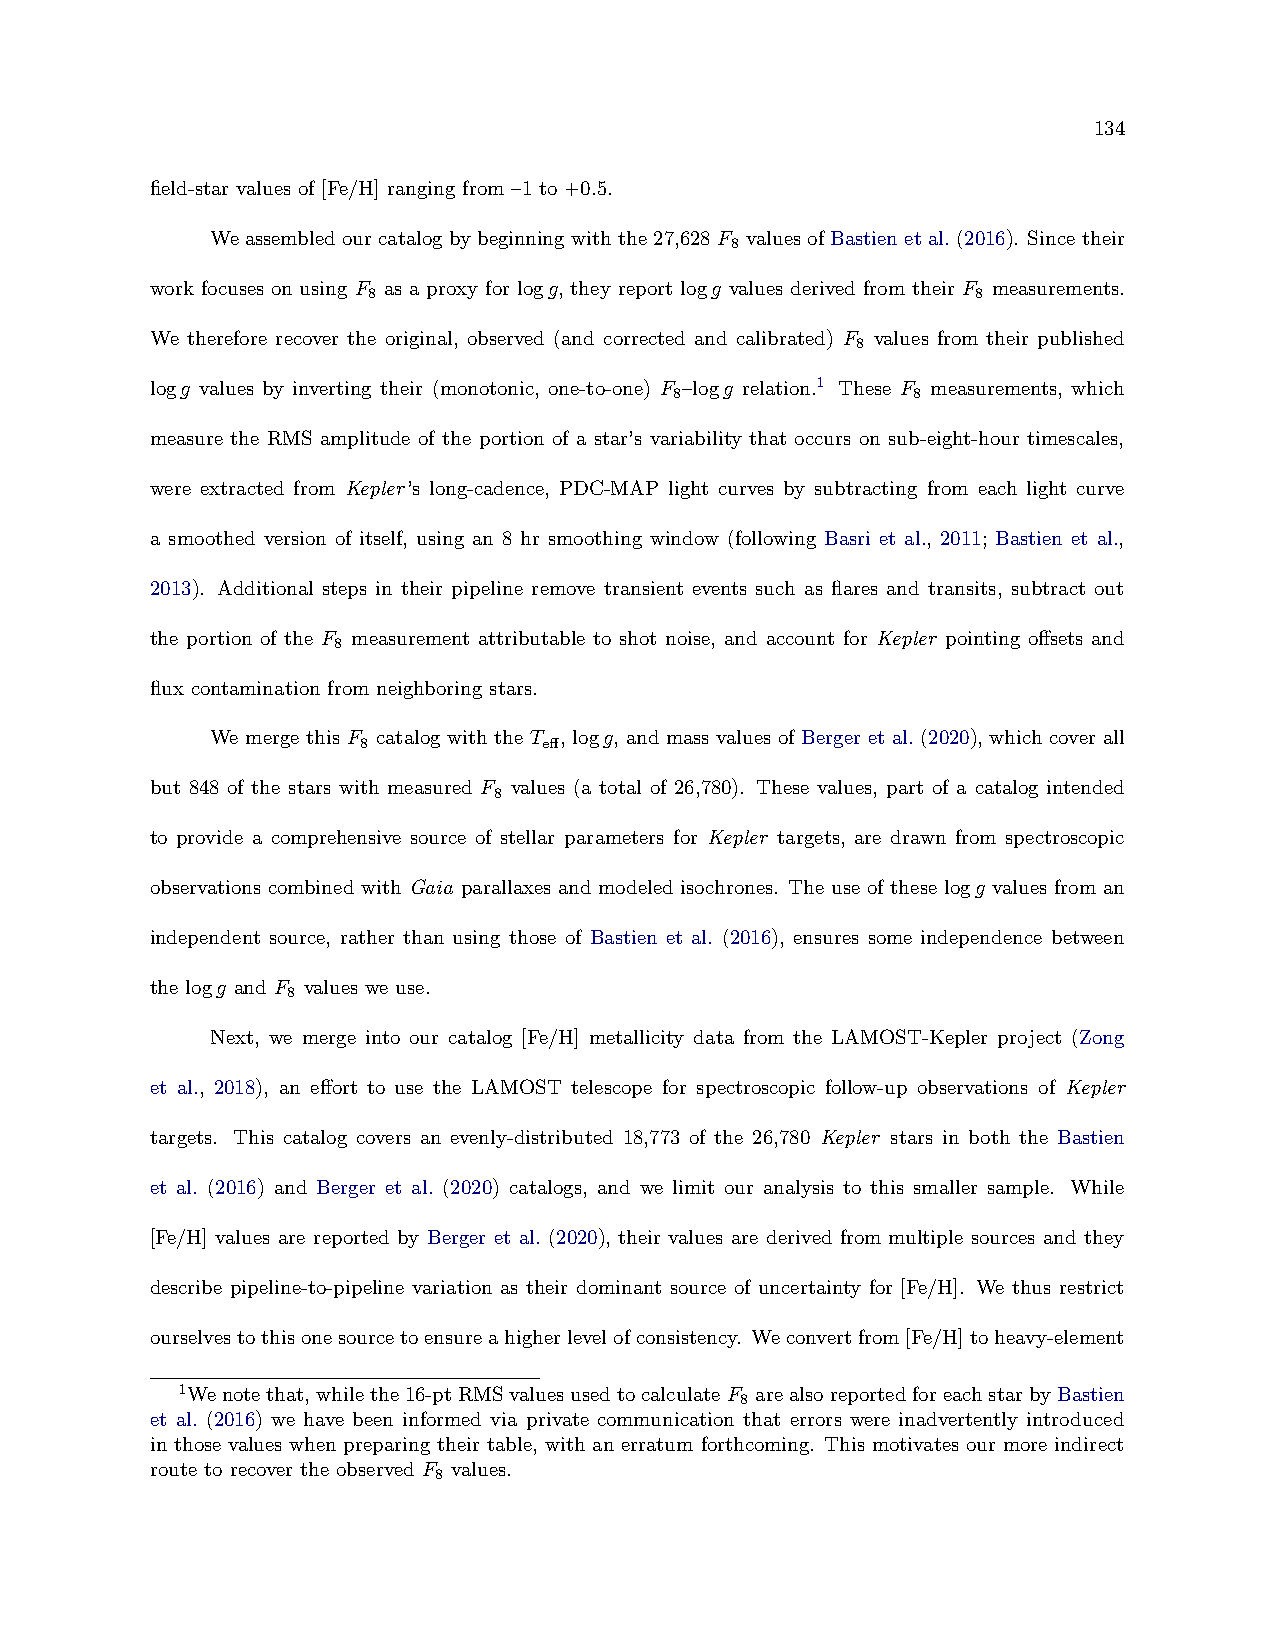
134
 field-star values of [Fe/H] ranging from –1 to +0.5.
 Weassembled ourcatalog bybeginningwith the27,628 F values ofBastien etal. (2016). Since their
 8
 work focuses on using F as a proxy for logg, they report logg values derived from their F measurements.
 8                                        8
 We therefore recover the original, observed (and corrected and calibrated) F values from their published
 8
 logg values by inverting their (monotonic, one-to-one) F –logg relation.1 These F measurements, which
 8              8
 measure the RMS amplitude of the portion of a star’s variability that occurs on sub-eight-hour timescales,
 were extracted from Kepler’s long-cadence, PDC-MAP light curves by subtracting from each light curve
 a smoothed version of itself, using an 8 hr smoothing window (following Basri et al., 2011; Bastien et al.,
 2013). Additional steps in their pipeline remove transient events such as flares and transits, subtract out
 the portion of the F measurement attributable to shot noise, and account for Kepler pointing offsets and
 8
 flux contamination from neighboring stars.
 We merge this F catalog with the T , logg, and mass values of Berger et al. (2020), which cover all
 8           eff
 but 848 of the stars with measured F values (a total of 26,780). These values, part of a catalog intended
 8
 to provide a comprehensive source of stellar parameters for Kepler targets, are drawn from spectroscopic
 observations combined with Gaia parallaxes and modeled isochrones. The use of these logg values from an
 independent source, rather than using those of Bastien et al. (2016), ensures some independence between
 the logg and F values we use.
 8
 Next, we merge into our catalog [Fe/H] metallicity data from the LAMOST-Kepler project (Zong
 et al., 2018), an effort to use the LAMOST telescope for spectroscopic follow-up observations of Kepler
 targets. This catalog covers an evenly-distributed 18,773 of the 26,780 Kepler stars in both the Bastien
 et al. (2016) and Berger et al. (2020) catalogs, and we limit our analysis to this smaller sample. While
 [Fe/H] values are reported by Berger et al. (2020), their values are derived from multiple sources and they
 describe pipeline-to-pipeline variation as their dominant source of uncertainty for [Fe/H]. We thus restrict
 ourselvestothisonesourcetoensureahigherlevelofconsistency. Weconvertfrom[Fe/H]toheavy-element
 1Wenotethat,whilethe16-ptRMSvaluesusedtocalculateF arealsoreportedforeachstarbyBastien
 8
 et al. (2016) we have been informed via private communication that errors were inadvertently introduced
 in those values when preparing their table, with an erratum forthcoming. This motivates our more indirect
 route to recover the observed F values.
 8